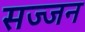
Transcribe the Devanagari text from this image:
सज्‍जन